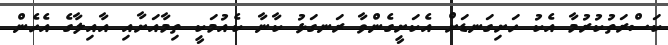
ކަސްރަތުކުރުމާ އެކު ހަށިގަނޑަށް އެކަށީގެންވާ ރަނގަޅު ކާނާ ކެއުމަކީ ތިމާއަށާއި އާއިލާގެ އެހެން